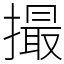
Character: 撮